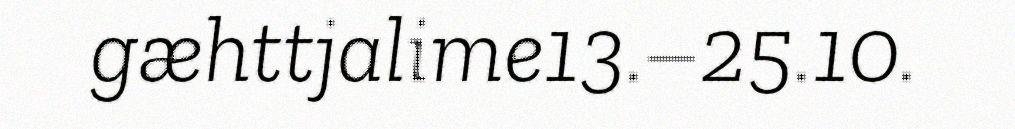
gæhttjalime13.–25.10.